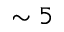
\sim 5